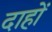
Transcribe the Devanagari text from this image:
दाहों